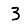
Digit: 3